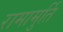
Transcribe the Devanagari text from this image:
रामामुर्ति